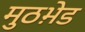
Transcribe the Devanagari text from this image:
मुठभ़ेड